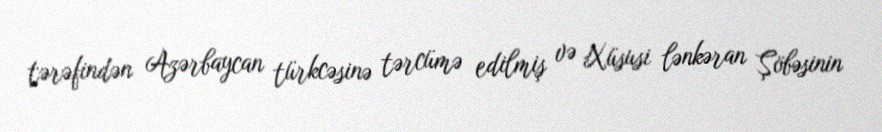
tərəfindən Azərbaycan türkcəsinə tərcümə edilmiş və Xüsusi lənkəran Şöbəsinin